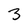
Character: 3